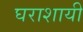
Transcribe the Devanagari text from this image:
घराशायी